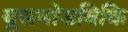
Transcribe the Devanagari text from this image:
यूसमोडविकि